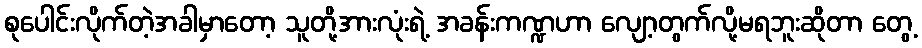
စုပေါင်းလိုက်တဲ့အခါမှာတော့ သူတို့အားလုံးရဲ့ အခန်းကဏ္ဍဟာ လျော့တွက်လို့မရဘူးဆိုတာ တွေ့